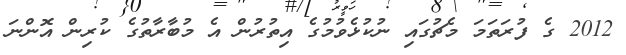
2012 ގެ ފުރަތަމަ މެޗުގައި ނުކުޅެވުމުގެ އިތުރުން އެ މުބާރާތުގެ ކުރިން އޮންނަ